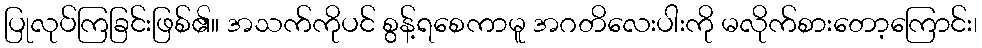
ပြုလုပ်ကြခြင်းဖြစ်၏။ အသက်ကိုပင် စွန့်ရစေကာမူ အဂတိလေးပါးကို မလိုက်စားတော့ကြောင်း၊